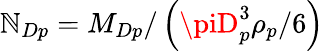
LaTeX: \mathbb{N}_{Dp}=M_{Dp}/\left(\piD_{p}^{3}\rho_{p}/6\right)